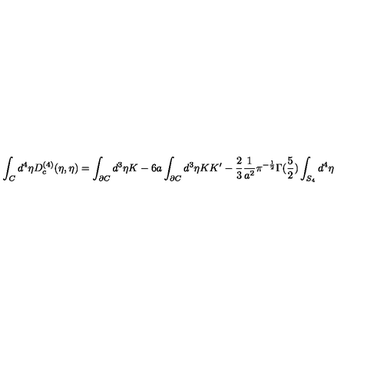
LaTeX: \int _ { C } { d ^ { 4 } } { \eta } D _ { c } ^ { ( 4 ) } ( \eta , { \eta } ) = \int _ { \partial C } d ^ { 3 } \eta K - 6 a \int _ { \partial C } d ^ { 3 } \eta K K ^ { \prime } - \frac { 2 } { 3 } \frac { 1 } { a ^ { 2 } } \pi ^ { - \frac { 1 } { 2 } } \Gamma ( \frac { 5 } { 2 } ) \int _ { S _ { 4 } } d ^ { 4 } \eta